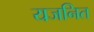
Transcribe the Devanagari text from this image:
यजनित